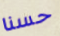
حسنا